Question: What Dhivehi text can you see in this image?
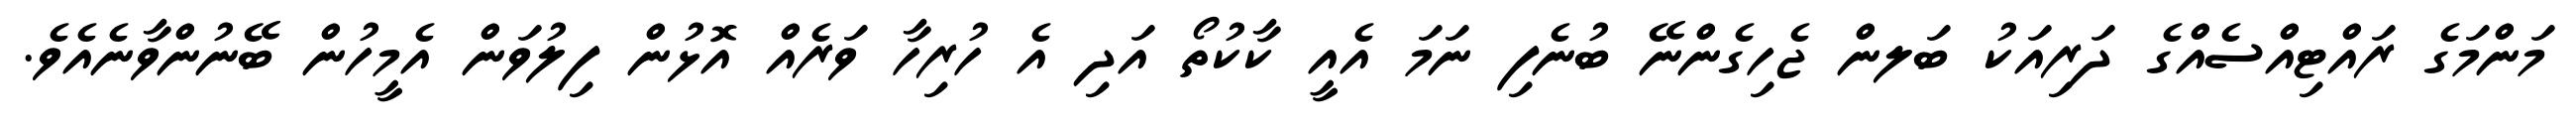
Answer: މަންމަގެ ރައްޓިއްސެއްގެ ދަރިއަކު ބަލން ޖެހިގެންނޭ ބުނެފި ނަމަ އެއީ ކާކުތޯ އަދި އެ ހުރިހާ ވަރެއް އޮޅުން ފިލުވަން އެމީހުން ބޭނުންވާނެއެވެ.